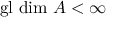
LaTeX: { \mathrm { g l ~ d i m ~ } } A < \infty